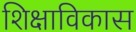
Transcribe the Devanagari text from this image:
शिक्षाविकास